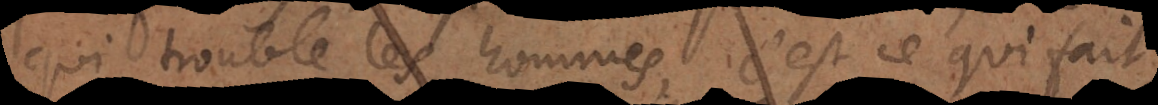
qui trouble les hommes, c’est ce qui fait